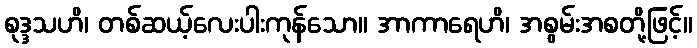
စုဒ္ဒသဟိ၊ တစ်ဆယ့်လေးပါးကုန်သော။ အာကာရေဟိ၊ အစွမ်းအစတို့ဖြင့်။